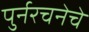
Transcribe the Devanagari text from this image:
पुर्नरचनेचे